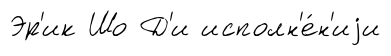
Эр'ик Шо Д'и исполн'е́н'иjи